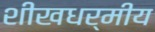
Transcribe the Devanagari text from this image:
शीखधर्मीय